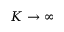
K \rightarrow \infty